Mental hospitals Bombay report 1921-28 - 1921-1928
Year: 1921
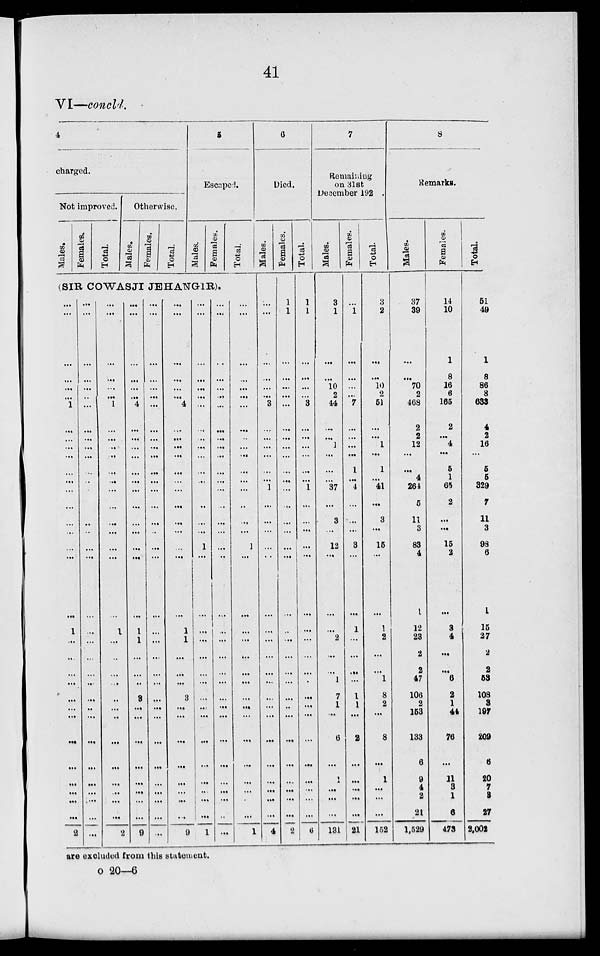
41
VI—concld.
4
charged.
Not improved.
Males.
Females.
Total.
Otherwise.
Males.
Females.
Total.
5
Escaped.
Males.
Females.
Total.
(SIR COWASJI JEHANGIR).
...
...
...
... ... ... 1
...
...
...
...
...
...
...
...
...
...
...
...
...
1
...
...
...
...
...
...
...
...
...
...
...
...
...
2
...
...
...
...
...
...
...
...
...
...
...
...
...
...
...
...
...
...
...
...
...
...
...
...
...
...
...
...
...
...
...
...
...
...
...
...
...
...
...
...
...
1
...
...
...
...
...
...
...
...
...
...
...
...
...
1
...
...
...
...
...
...
...
...
...
...
...
...
...
2
...
...
...
...
...
...
4
...
...
...
...
...
...
...
...
...
...
...
...
...
1
1
...
...
..
3
...
...
...
...
...
...
...
...
9
...
...
...
...
...
...
...
...
...
...
...
...
...
...
...
...
...
...
...
...
...
...
...
...
...
...
...
...
...
...
...
...
...
...
...
...
...
...
...
...
...
4
...
...
...
...
...
...
...
...
...
...
...
...
...
1
1
...
...
...
3
...
...
...
...
...
...
...
...
9
...
...
...
...
...
...
...
...
...
...
...
...
...
...
...
...
...
1
...
...
...
...
...
...
...
...
...
...
...
...
...
...
...
...
1
...
...
...
...
...
...
...
...
...
...
...
...
...
...
...
...
...
...
...
...
...
...
...
...
...
...
...
...
...
...
...
...
...
...
...
...
...
...
...
...
...
...
...
...
...
...
...
...
...
...
...
...
1
...
...
...
...
...
...
...
...
...
...
...
...
...
...
...
...
1
6
Died.
Males.
...
...
...
...
...
...
3
...
...
...
...
...
...
1
...
...
...
...
...
...
...
...
...
...
...
...
...
...
...
...
...
...
...
...
4
Females.
1
1
...
...
...
...
...
...
...
...
...
...
...
...
...
...
...
...
...
...
...
...
...
...
...
...
...
...
...
...
...
...
...
...
2
Total.
1
1
...
...
...
...
3
...
...
...
...
...
...
1
...
...
...
...
...
...
...
...
...
...
...
...
...
...
...
...
...
...
...
...
6
7
Remaining
on 31st
December 192
Males.
3
1
...
...
10
2
44
...
...
1
...
...
...
37
...
3
...
12
...
...
...
2
...
...
1
7
1
...
6
...
1
...
...
...
131
Females.
...
1
...
...
...
...
7
...
...
...
...
1
...
4
...
...
...
3
...
...
1
...
...
...
...
1
1
...
2
...
...
...
...
...
21
Total.
3
2
...
...
10
2
51
...
...
1
...
1
...
41
...
3
...
15
...
...
1
2
...
...
1
8
2
...
8
...
1
...
...
...
152
8
Remarks.
Males.
37
39
...
...
70
2
468
2
2
12
...
...
4
264
5
11
3
83
4
1
12
23
2
2
47
106
2
153
133
6
9
4
2
21
1,529
Females.
14
10
1
8
16
6
165
2
...
4
...
5
1
65
2
...
...
15
2
...
3
4
...
...
6
2
1
44
76
...
11
3
1
6
473
Total.
51
49
1
8
86
8
633
4
2
16
...
5
5
329
7
11
3
98
6
1
15
27
2
2
53
108
3
197
209
6
20
7
3
27
2,002
are excluded from this statement.
o 20—6